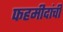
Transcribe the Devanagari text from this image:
फहमीदांची